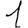
Digit: 1